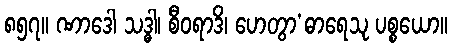
၈၅၇။ ဏာဒေါ သဒ္ဓါ၊ စီဝရာဒိ၊ ဟေတွာ’ဓာရေသု ပစ္စယော။